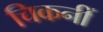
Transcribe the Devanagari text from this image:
चिकनीं